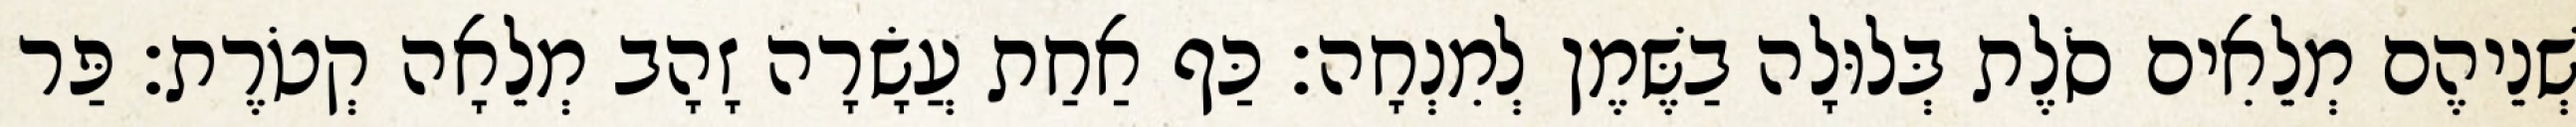
שְׁנֵיהֶם מְלֵאִים סֹלֶת בְּלוּלָה בַשֶּׁמֶן לְמִנְחָה׃ כַּף אַחַת עֲשָׂרָה זָהָב מְלֵאָה קְטֹרֶת׃ פַּר